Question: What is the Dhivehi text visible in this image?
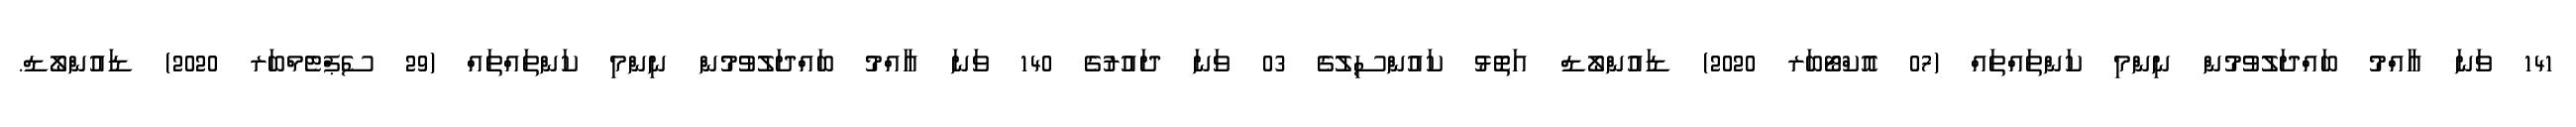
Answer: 141 ވަނަ އާއްމު ބައްދަލުވުމުން ނިންމި ކަންތައްތައް (07 އޮކްޓޯބަރ 2020) ޑައުންލޯޑް އަތޮޅު ކައުންސިލުގެ 03 ވަނަ ދައުރުގެ 140 ވަނަ އާއްމު ބައްދަލުވުމުން ނިންމި ކަންތައްތައް (29 ސެޕްޓެމްބަރ 2020) ޑައުންލޯޑް.